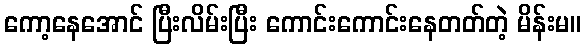
ကော့နေအောင် ပြီးလိမ်းပြီး ကောင်းကောင်းနေတတ်တဲ့ မိန်းမ။